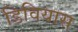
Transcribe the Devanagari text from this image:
डिवियास